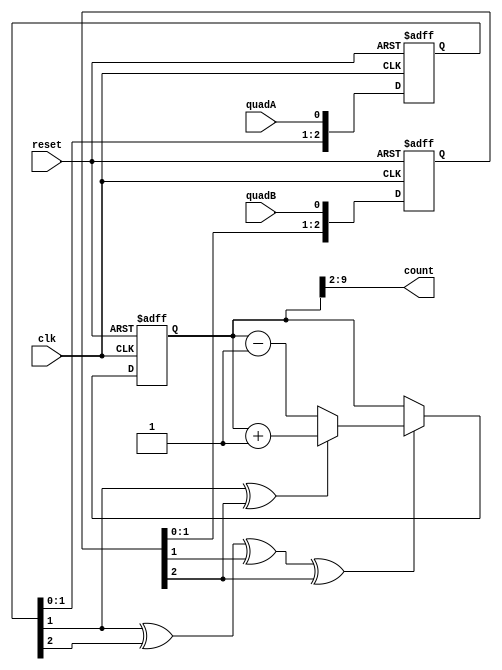
/*
 * Read rotary/quadrature encoder using the clock
 *
 * http://www.fpga4fun.com/QuadratureDecoder.html
 */
 
module quadrature_clocked(
    clk, 
    reset,
    quadA, 
    quadB, 
    count
);
    input clk, reset, quadA, quadB;
    output [7:0] count;

    reg [2:0] quadA_delayed;
    reg [2:0] quadB_delayed;
    
    always @(posedge clk or posedge reset) begin 
        if (reset) begin 
            quadA_delayed <= 0;
        end else begin
            quadA_delayed <= {quadA_delayed[1:0], quadA};
        end
    end
    
    always @(posedge clk or posedge reset) begin 
        if (reset) begin 
            quadB_delayed <= 0;
        end else begin
            quadB_delayed <= {quadB_delayed[1:0], quadB};
        end
    end

    wire count_enable = quadA_delayed[1] ^ quadA_delayed[2] ^ quadB_delayed[1] ^ quadB_delayed[2];
    wire count_direction = quadA_delayed[1] ^ quadB_delayed[2];

    reg [31:0] total;
    always @(posedge clk or posedge reset) begin
        if (reset) begin 
            total <= 0;
        end else if(count_enable) begin
            if(count_direction) total <= total+1; 
            else total <= total-1;
        end
    end
    
    wire [31:0] clicks;
    assign clicks = total >> 2; // divide by 4 as the encoder has 4 edges per "click"
    assign count = clicks[7:0];

endmodule